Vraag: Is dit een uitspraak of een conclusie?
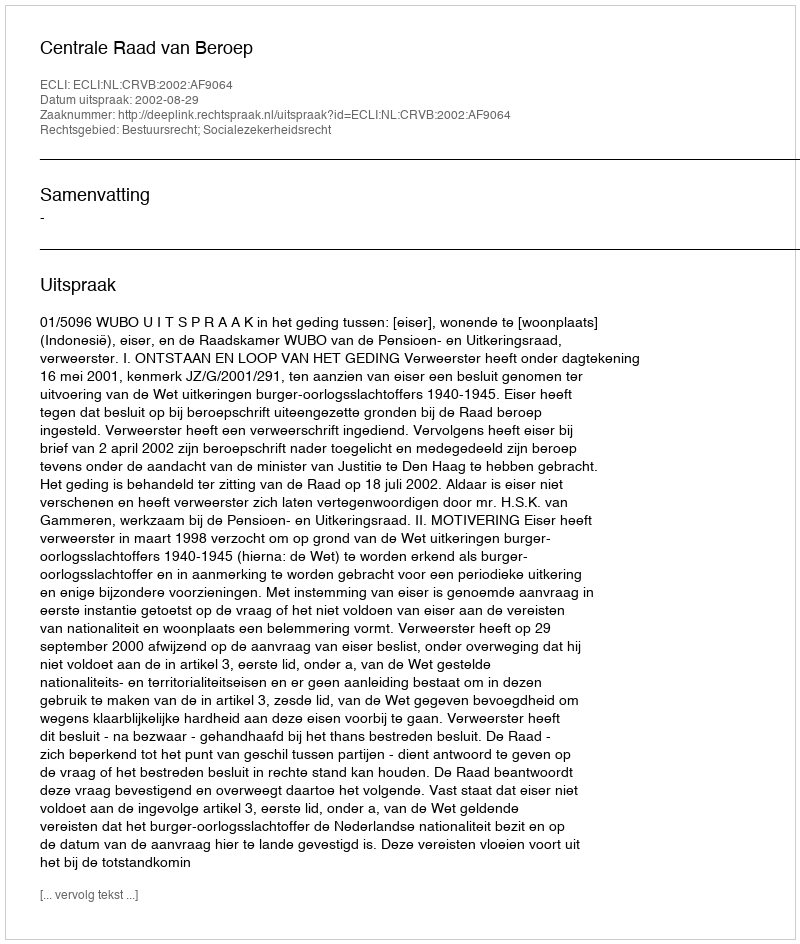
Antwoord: Uitspraak